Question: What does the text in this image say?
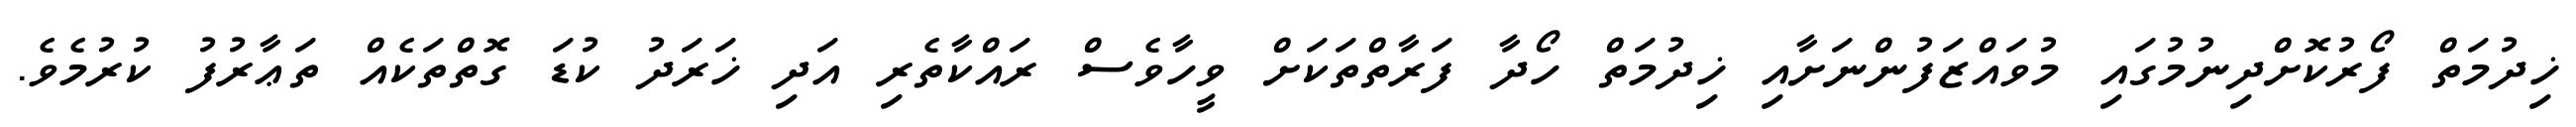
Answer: ޚިދުމަތް ފޯރުކޮށްދިނުމުގައި މުވައްޒަފުންނަށާއި ޚިދުމަތް ހޯދާ ފަރާތްތަކަށް ވީހާވެސް ރައްކާތެރި އަދި ޚަރަދު ކުޑަ ގޮތްތަކެއް ތަޢާރުފު ކުރުމެވެ.